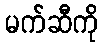
မက်ဆီကို